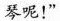
琴呢！”